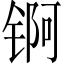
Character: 锕